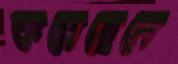
করেছেনে